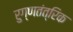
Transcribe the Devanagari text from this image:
रुग्णतंत्रिक